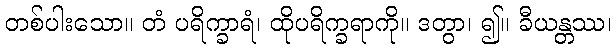
တစ်ပါးသော။ တံ ပရိက္ခာရံ၊ ထိုပရိက္ခရာကို။ ဒတွာ၊ ၍။ ခီယန္တဿ၊